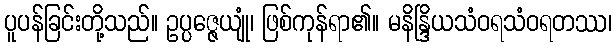
ပူပန်ခြင်းတို့သည်။ ဥပ္ပဇ္ဇေယျုံ၊ ဖြစ်ကုန်ရာ၏။ မနိန္ဒြိယသံဝရသံဝရတဿ၊